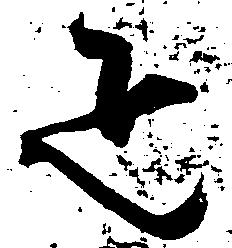
疋